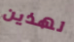
لهذين